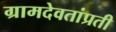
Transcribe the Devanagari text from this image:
ग्रामदेवतांप्रती